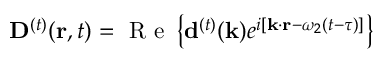
{ { \bf D } ^ { ( t ) } } ( { \bf r } , t ) = \mathrm { ~ R ~ e ~ } \left\{ { { \bf d } ^ { ( t ) } } ( { \bf k } ) e ^ { i \left[ { \bf k } \cdot { \bf r } - \omega _ { 2 } ( t - \tau ) \right] } \right\}